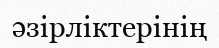
әзірліктерінің